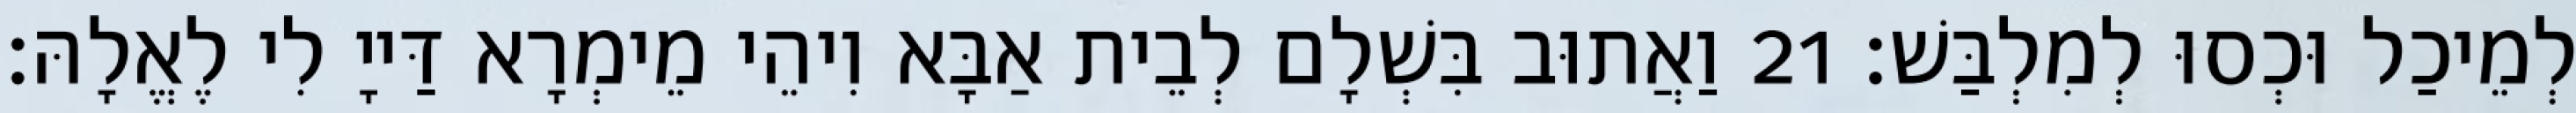
לְמֵיכַל וּכְסוּ לְמִלְבַּשׁ׃ 21 וַאֲתוּב בִּשְׁלָם לְבֵית אַבָּא וִיהֵי מֵימְרָא דַּייָ לִי לֶאֱלָהּ׃